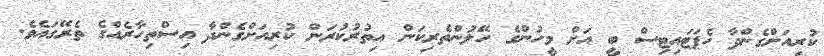
ކުރިއަށްގެންދާ ހެޕަޓައިޓިސް ބީ އަށް މީހުންގެ ހޭލުންތެރިކަން އިތުރުކުރަން ކުރިއަށްގެންދާ އިސްތިހާރެއްގެ ތެރޭގައެވެ.